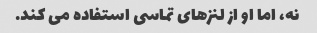
نه، اما او از لنزهای تماسی استفاده می کند.